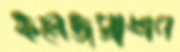
কলেজপ্রাঙ্গণ